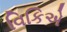
વિકિએ